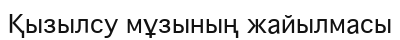
Қызылсу мұзының жайылмасы